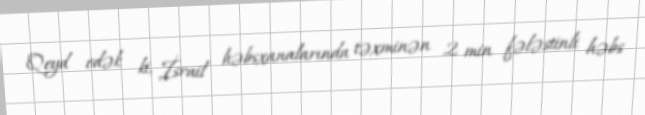
Qeyd edək ki, İsrail həbsxanalarında təxminən 2 min fələstinli həbs